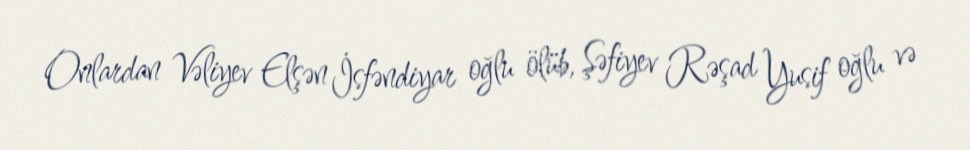
Onlardan Vəliyev Elşən İsfəndiyar oğlu ölüb, Şəfiyev Rəşad Yusif oğlu və